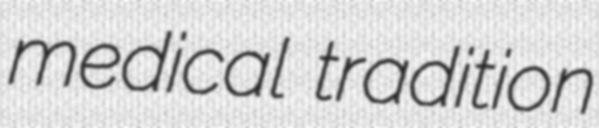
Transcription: medical tradition